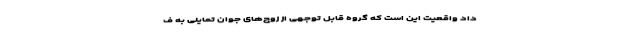
داد واقعیت این است که گروه قابل توجهی از زوج‌های جوان تمایلی به ف